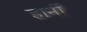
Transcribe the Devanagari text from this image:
हार्नी